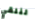
لنلقي